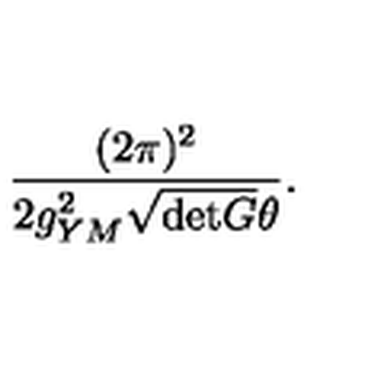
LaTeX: \frac { ( 2 \pi ) ^ { 2 } } { 2 g _ { Y M } ^ { 2 } \sqrt { \mathrm { d e t } G } \theta } .